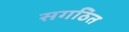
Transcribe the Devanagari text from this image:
सगठित